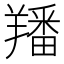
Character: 羳